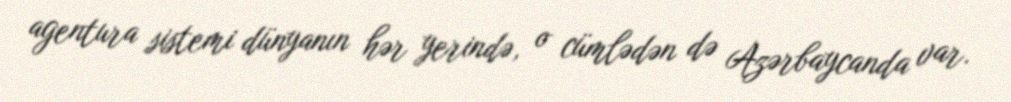
agentura sistemi dünyanın hər yerində, o cümlədən də Azərbaycanda var.